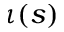
\iota ( s )